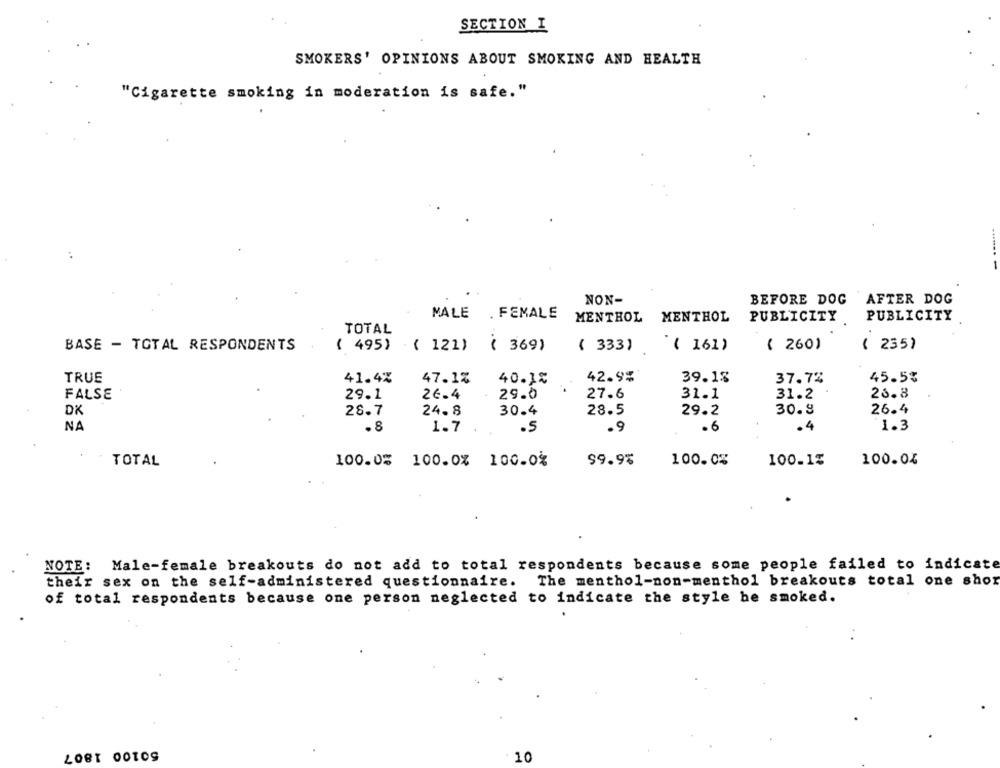
SECTION I
SMOKERS' OPINIONS ABOUT SMOKING AND HEALTH
"Cigarette smoking in moderation is safe."
NON-
BEFORE DOG
AFTER DOG
MALE
. FEMALE
MENTHOL MENTHOL
PUBLICITY
PUBLICITY
TOTAL
( 260)
BASE - TOTAL RESPONDENTS
( 495) ( 121)
( 369)
( 333)
( 161)
( 235)
42.9%
TRUE
41.4%
47.1%
40.1%
39.18
37.72
45.5%
.
FALSE
29.1
26.4
29.0
27.6
31.1
31.2
23.8
DX
28.7
24.8
30.4
28.5
29.2
30.9
26.4
NA
.8
1.7
.5
.9
.6
.4
1.3
100.13
100.04
TOTAL
100.0% 100.0% 100.0%
99.9%
100.0%
NOTE: Male-female breakouts do not add to total respondents because some people failed to indicate
their sex on the self-administered questionnaire. The menthol-non-menthol breakouts total one shor
of total respondents because one person neglected to indicate the style he smoked.
50100 1807
10